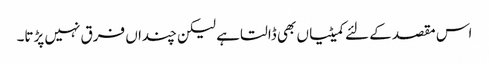
اس مقصد کے لئے کمیٹیاں بھی ڈالتا ہے لیکن چنداں فرق نہیں پڑتا۔